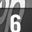
Digit: 6